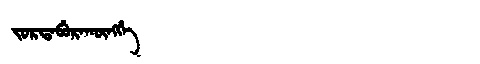
Manchu: ᠵᠣᡵᡩᠠᠪᡠᡵᠠᡴᡡᠩᡤᡝ
Romanization: JORDABURAKŪNGGE